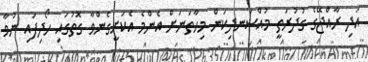
އަދި ރާއްޖޭގެ ގުދުރަތީ މުއްސަނދިކަން މިހާތަނަށް އެންމެ އެކަށީގެންވާ ގޮތުގައި ހޯދިފައި ނުވާ